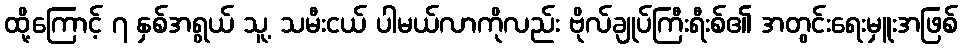
ထို့ကြောင့် ၇ နှစ်အရွယ် သူ့ သမီးငယ် ပါမယ်လာကိုလည်း ဗိုလ်ချုပ်ကြီးရီးစ်၏ အတွင်းရေးမှူးအဖြစ်